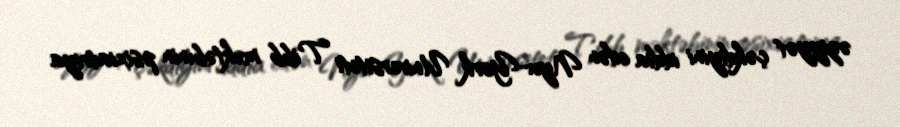
əziyyət çəkdiyini iddia edən Nyu-York Universiteti Tibb məktəbinin psixiatriya